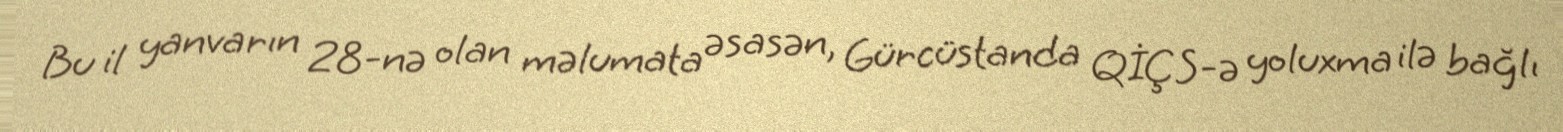
Bu il yanvarın 28-nə olan məlumata əsasən, Gürcüstanda QİÇS-ə yoluxma ilə bağlı